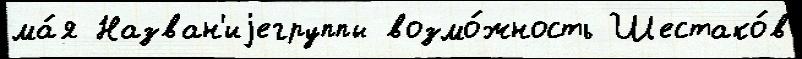
ма́я Назван'иjегруппы возмо́жность Шестако́в